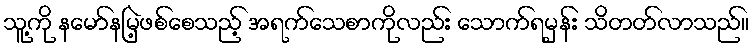
သူ့ကို နမော်နမြဲ့ဖစ်စေသည့် အရက်သေစာကိုလည်း သောက်ရမှန်း သိတတ်လာသည်။